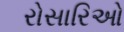
રોસારિઓ